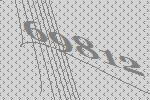
69812